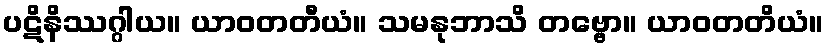
ပဋိနိဿဂ္ဂါယ။ ယာဝတတီယံ။ သမနုဘာသိ တဗ္ဗော။ ယာဝတတိယံ။